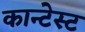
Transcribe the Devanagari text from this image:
कान्टेस्ट